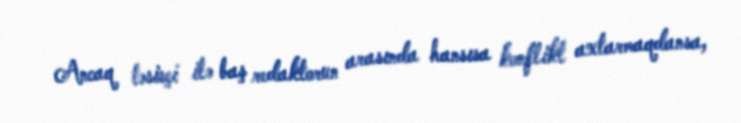
Ancaq təsisçi ilə baş redaktorun arasında hansısa konflikt axtarmaqdansa,